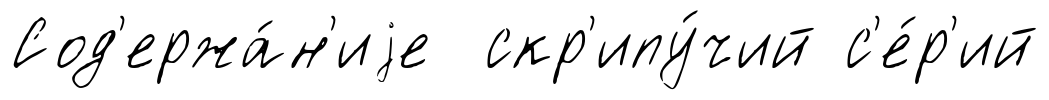
Сод'ержа́н'иjе скр'ипу́чий с'е́р'ий